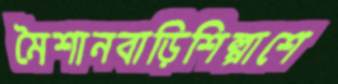
মৈশানবাড়িশিল্পাশে